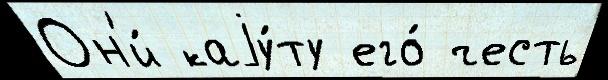
Он'и́ каjу́ту его́ честь